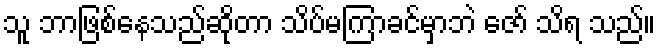
သူ ဘာဖြစ်နေသည်ဆိုတာ သိပ်မကြာခင်မှာဘဲ ဇော် သိရ သည်။